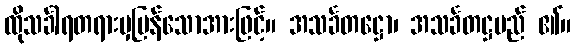
ထိုသင်္ခါရတရားမှပြန်သောအားဖြင့်။ အသင်္ခတဋ္ဌော၊ အသင်္ခတဋ္ဌမည် ၏။